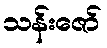
သန်းဇော်